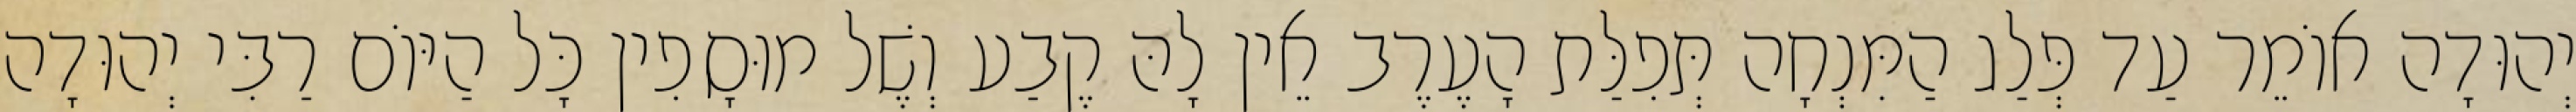
יְהוּדָה אוֹמֵר עַד פְּלַג הַמִּנְחָה תְּפִלַּת הָעֶרֶב אֵין לָהּ קֶבַע וְשֶׁל מוּסָפִין כָּל הַיּוֹם רַבִּי יְהוּדָה